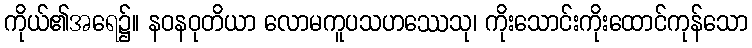
ကိုယ်၏အရေ၌။ နဝနဝုတိယာ လောမကူပသဟဿေသု၊ ကိုးသောင်းကိုးထောင်ကုန်သော